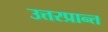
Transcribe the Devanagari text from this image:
उत्तरप्रान्त